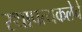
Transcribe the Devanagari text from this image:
स्थापत्यकलेचे